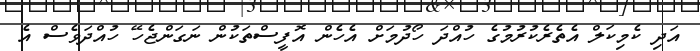
އަދި ކެމިކަލް އެތެރެކުރުމުގެ ހުއްދަ ހޯދުމަށް އެހެން އޮފީސްތަކުން ނަގަންޖެހޭ ހުއްދަވެސް އެ